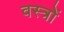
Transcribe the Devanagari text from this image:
वस्‍त्रों